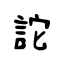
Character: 詑